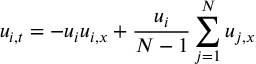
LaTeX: u _ { i , t } = - u _ { i } u _ { i , x } + { \frac { u _ { i } } { N - 1 } } \sum _ { j = 1 } ^ { N } u _ { j , x }